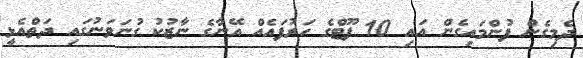
ދެމިގެން ފުންމައިގެން އައި 10 ފޫޓްގެ ހަރުފައެއް އޭނާގެ ނާޒުކު ގުނަވަނުގައި ދަތްއެޅީ